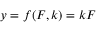
y = f ( F , k ) = k F